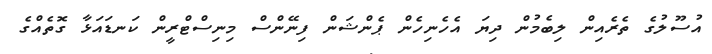
އުސޫލުގެ ތެރެއިން ލިބެމުން ދިޔަ އެހެނިހެން ޕެންޝަން ފިނޭންސް މިނިސްޓްރީން ކަނޑައަޅާ ގޮތެއްގެ